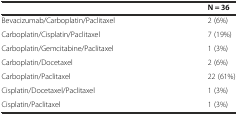
|  | N = 36 |
 | --- | --- |
 | Bevacizumab/Carboplatin/Paclitaxel | 2 (6%) |
 | Carboplatin/Cisplatin/Paclitaxel | 7 (19%) |
 | Carboplatin/Gemcitabine/Paclitaxel | 1 (3%) |
 | Carboplatin/Docetaxel | 2 (6%) |
 | Carboplatin/Paclitaxel | 22 (61%) |
 | Cisplatin/Docetaxel/Paclitaxel | 1 (3%) |
 | Cisplatin/Paclitaxel | 1 (3%) |